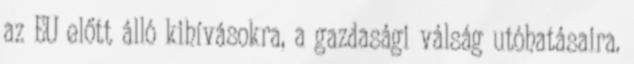
az EU előtt álló kihívásokra, a gazdasági válság utóhatásaira.